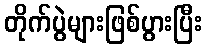
တိုက်ပွဲများဖြစ်ပွားပြီး